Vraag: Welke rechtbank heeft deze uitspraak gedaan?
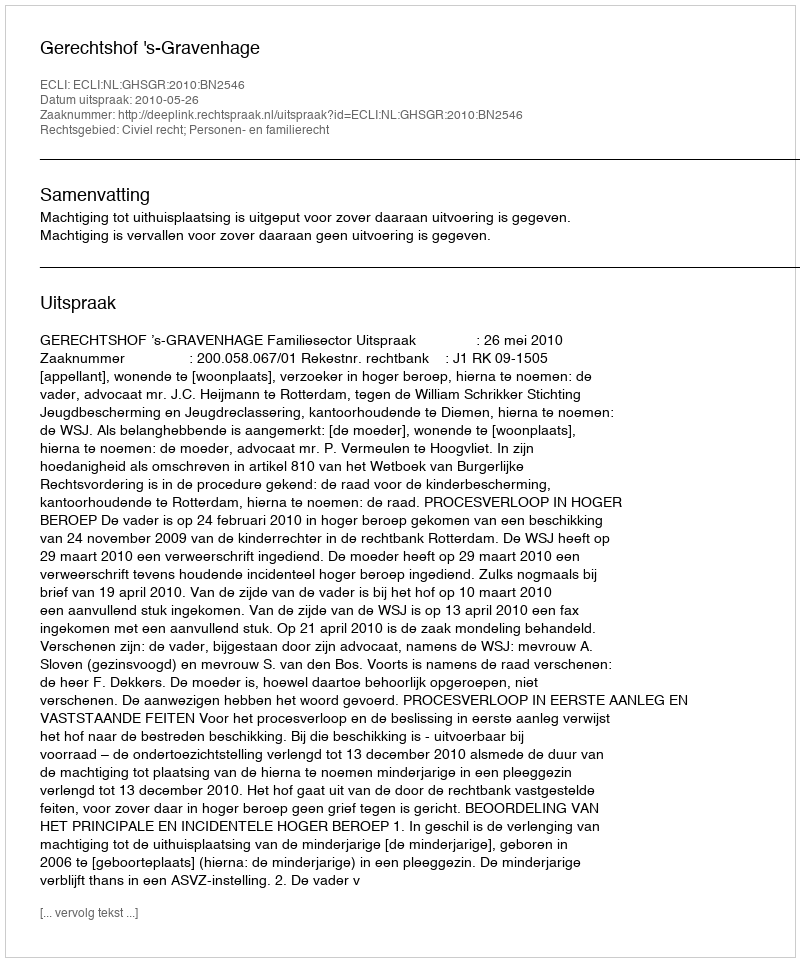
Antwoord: Gerechtshof 's-Gravenhage